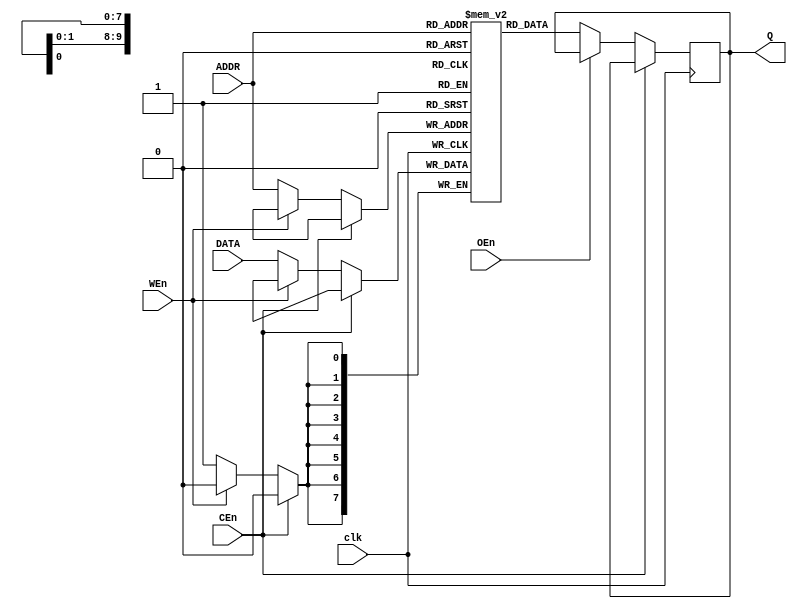
//SRAM_sync.v
//Asynchronous static RAM of variable size with initialization file
`default_nettype none
`timescale 1ns/1ps

//default 8x1K ram size
module SRAM_sync #(parameter DATA_WIDTH = 8, ADDR_WIDTH = 10)(
    input wire clk,
    input wire [ADDR_WIDTH-1:0] ADDR,
    input wire [DATA_WIDTH-1:0] DATA,
    (* direct_enable = 1 *) input wire CEn,
    input wire OEn,
    input wire WEn,
    output reg [DATA_WIDTH-1:0] Q
    );

    reg [DATA_WIDTH-1:0] mem[0:(2**ADDR_WIDTH)-1];
    reg [DATA_WIDTH-1:0] data_out;
    
    always @(posedge clk) begin
        if(!CEn) begin
            if(!OEn) begin
                Q <=  mem[ADDR];
            end
        end
        if(!CEn) begin
            if(!WEn) begin
                mem[ADDR] <= DATA;
            end
        end
    end

endmodule